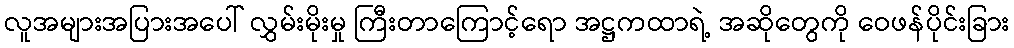
လူအများအပြားအပေါ် လွှမ်းမိုးမှု ကြီးတာကြောင့်ရော အဋ္ဌကထာရဲ့ အဆိုတွေကို ဝေဖန်ပိုင်းခြား